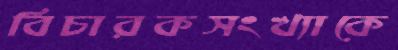
বিচারকসংখ্যাকে